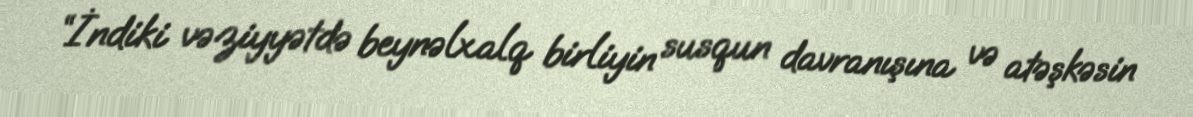
“İndiki vəziyyətdə beynəlxalq birliyin susqun davranışına və atəşkəsin